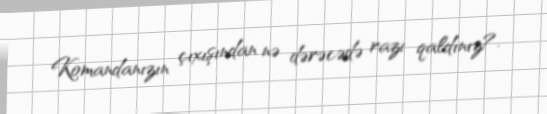
Komandanızın çıxışından nə dərəcədə razı qaldınız?.